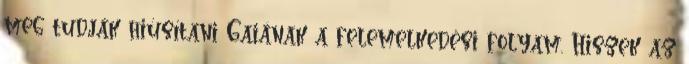
meg tudják hiúsítani Gaiának a felemelkedési folyam. Hiszek az